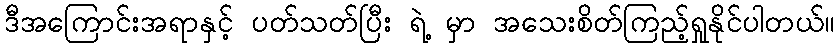
ဒီအကြောင်းအရာနှင့် ပတ်သတ်ပြီး ရဲ့ မှာ အသေးစိတ်ကြည့်ရှုနိုင်ပါတယ်။